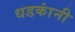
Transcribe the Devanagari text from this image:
धडकांनी